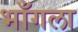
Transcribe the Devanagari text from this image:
भाँगला